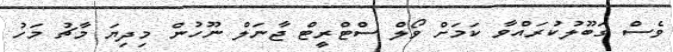
ވެސް ގަބޫލުކުރައްވާ ކަމަށް ވޯލް ސްޓްރީޓް ޖާނަލް ނޫހުން މިދިޔަ މާޗު މަހު